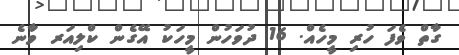
ގާތް ވެފަ ހުރި މީހެއް. 16 ދުވަހުން މީހަކު އޭގެން ކްލިއަރ ވާނެ